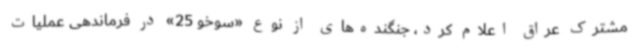
مشترک عراق اعلام کرد، جنگنده‌های از نوع «سوخو 25» در فرماندهی عملیات